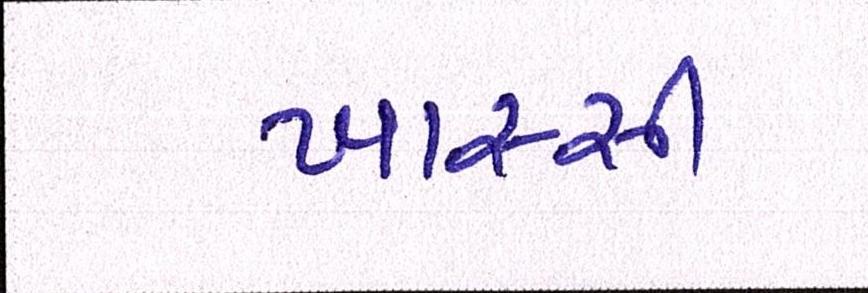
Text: ખાસ્સી